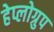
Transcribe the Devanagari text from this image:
हेप्लोग्रुप